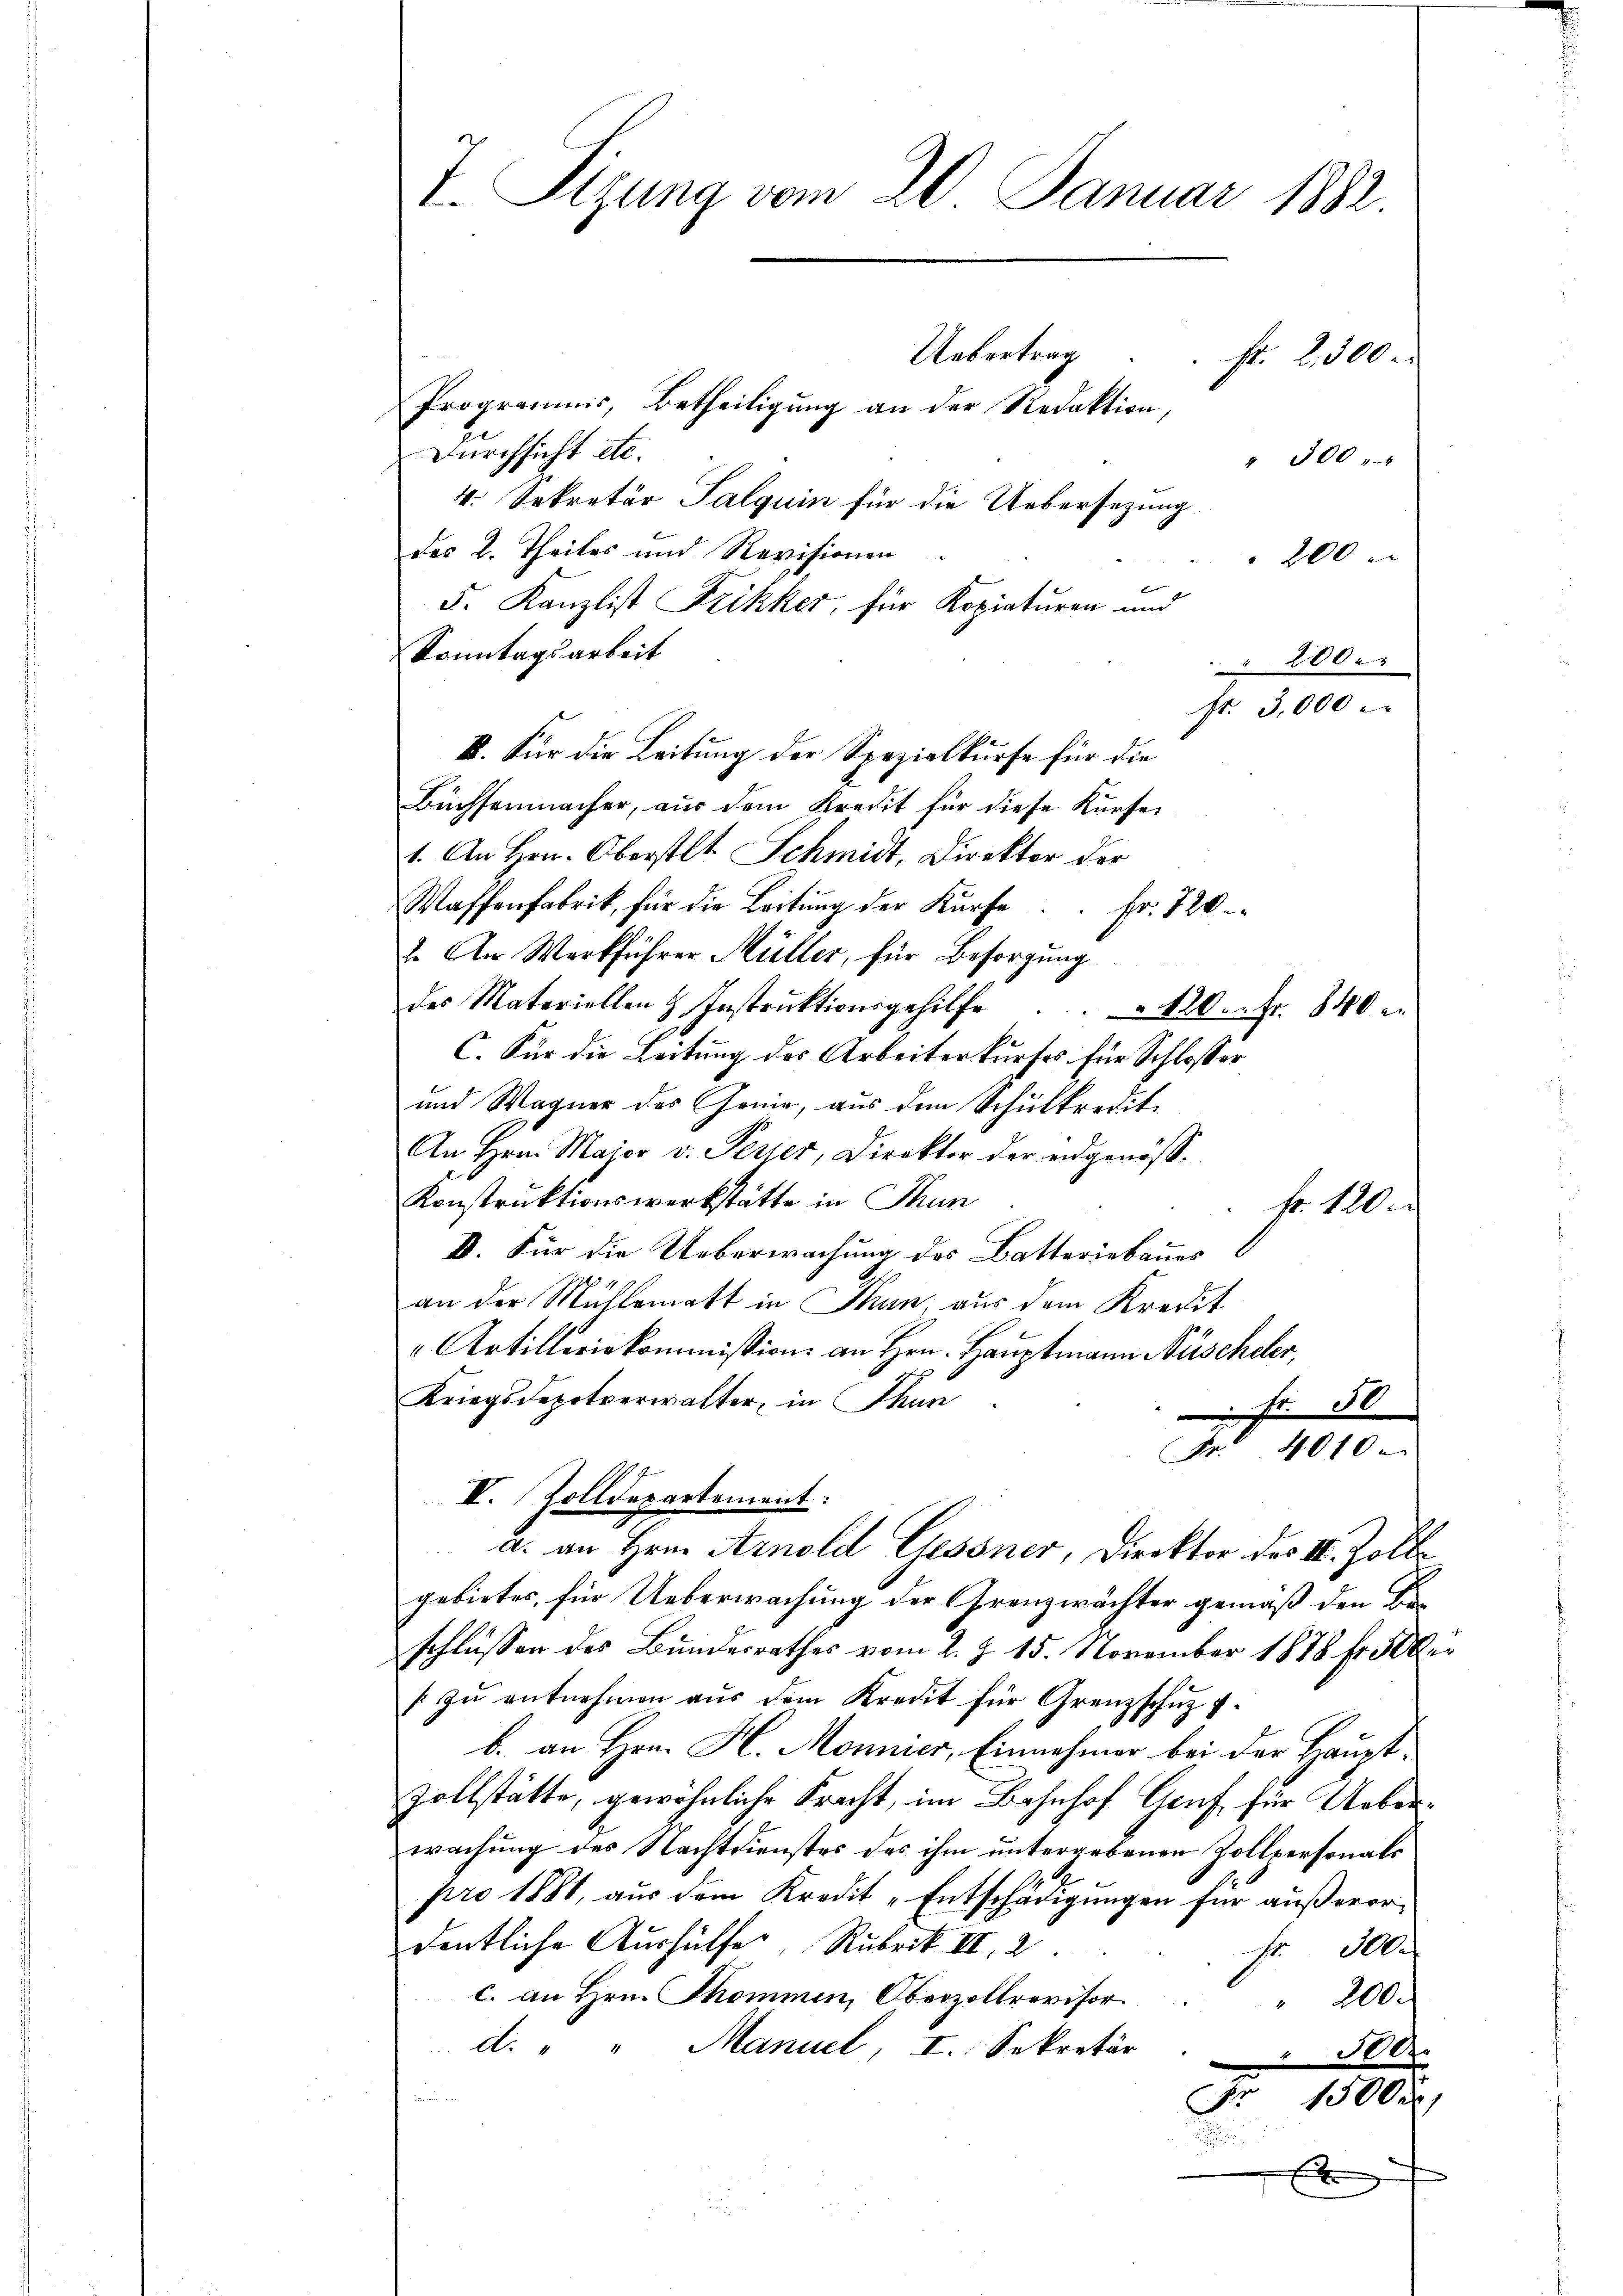
T. Sizung vom 20. Januar 1882.
Uebertrag
fr. 2. 300
Programnis, Betheiligung an der Redaktion,
Durchsicht etc.
" 300
4. Sekretär Palquin für die Uebersezung

des L. Theiles und Revisionen
200
x
5. Kanzlist Frikker, für Kopiaturen und
Sonntagsarbeit
 200.
I. Für die Leitung der Spezialkurse für die
Büchsenmacher, aus dem Kredit für diese Kursei
1. An Hrn. Oberstlt. Schmidt, Direktor der
Waffenfabrik, für die Leitung der Kürfe
Fr. 720.
2. An Werkführer Müller, für Besorgung
des Materiellen & Instruktionsgehilfe . . . 120. Fr. 840 e
C. Für die Leitung des Arbeiterkurfes für Schlosser
und Wagner des Gonie, aus dem Schulkredit.
An Hrn. Major v. Ferier, Direktor der eidgenöss.
Konstruktionswerkstätte in Thun
fr. 10.
D. Für die Ueberwachung des Batteriebaues
an der Mühlematt in Thun, aus dem Kredit
" Artilleriekommission an Hrn. Hauptmann Nüscheler,
Kriegsdepotverwalter in Thun
Fr. 50
Nr. 4010.
IV. Zolldepartement:
a. an Hrn. Arnold Gessner, Direktor des II. Zolle
gebietes, für Ueberwachung der Grenzwächter gemäß den Beschlüssen des Bundesrathes vom 2. Z. 15. November 1878 fr. 500 er
 zŭ entnehmen aŭs dem Kredit für Grenzschŭz v.
b. an Hrn. H. Monnier, Einnahmer bei der Hauptzollstätte, gewöhnliche Kracht, im Bahnhof Genf, für Ueberwachung des Nachtdienstes des ihm untergebenen Zollpersonals
pro 1881, aus dem Kredit „Entschädigungen für außerordentliche Aushülfe, Rubrik II. 2
fr. 300.
c. an Hrn. Thommen, Oberzollrevisor
200.
d. " " Manuel, I. Sekretär
300x
15000
Fr

fr. 3,000